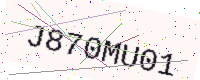
Text: J870MU01